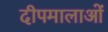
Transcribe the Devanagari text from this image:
दीपमालाओं